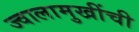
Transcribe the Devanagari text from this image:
ज्वालामुखींची